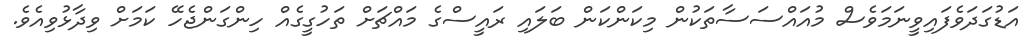
އަޑުގަދަވެފައިވީނަމަވެސް މުއައްސަސާތަކުން މިކަންކަން ބަލައި ރައީސްގެ މައްޗަށް ތަހުގީގެއް ހިންގަންޖެހޭ ކަމަށް ވިދާޅުވިއެވެ.